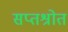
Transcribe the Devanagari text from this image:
सप्तश्रोत